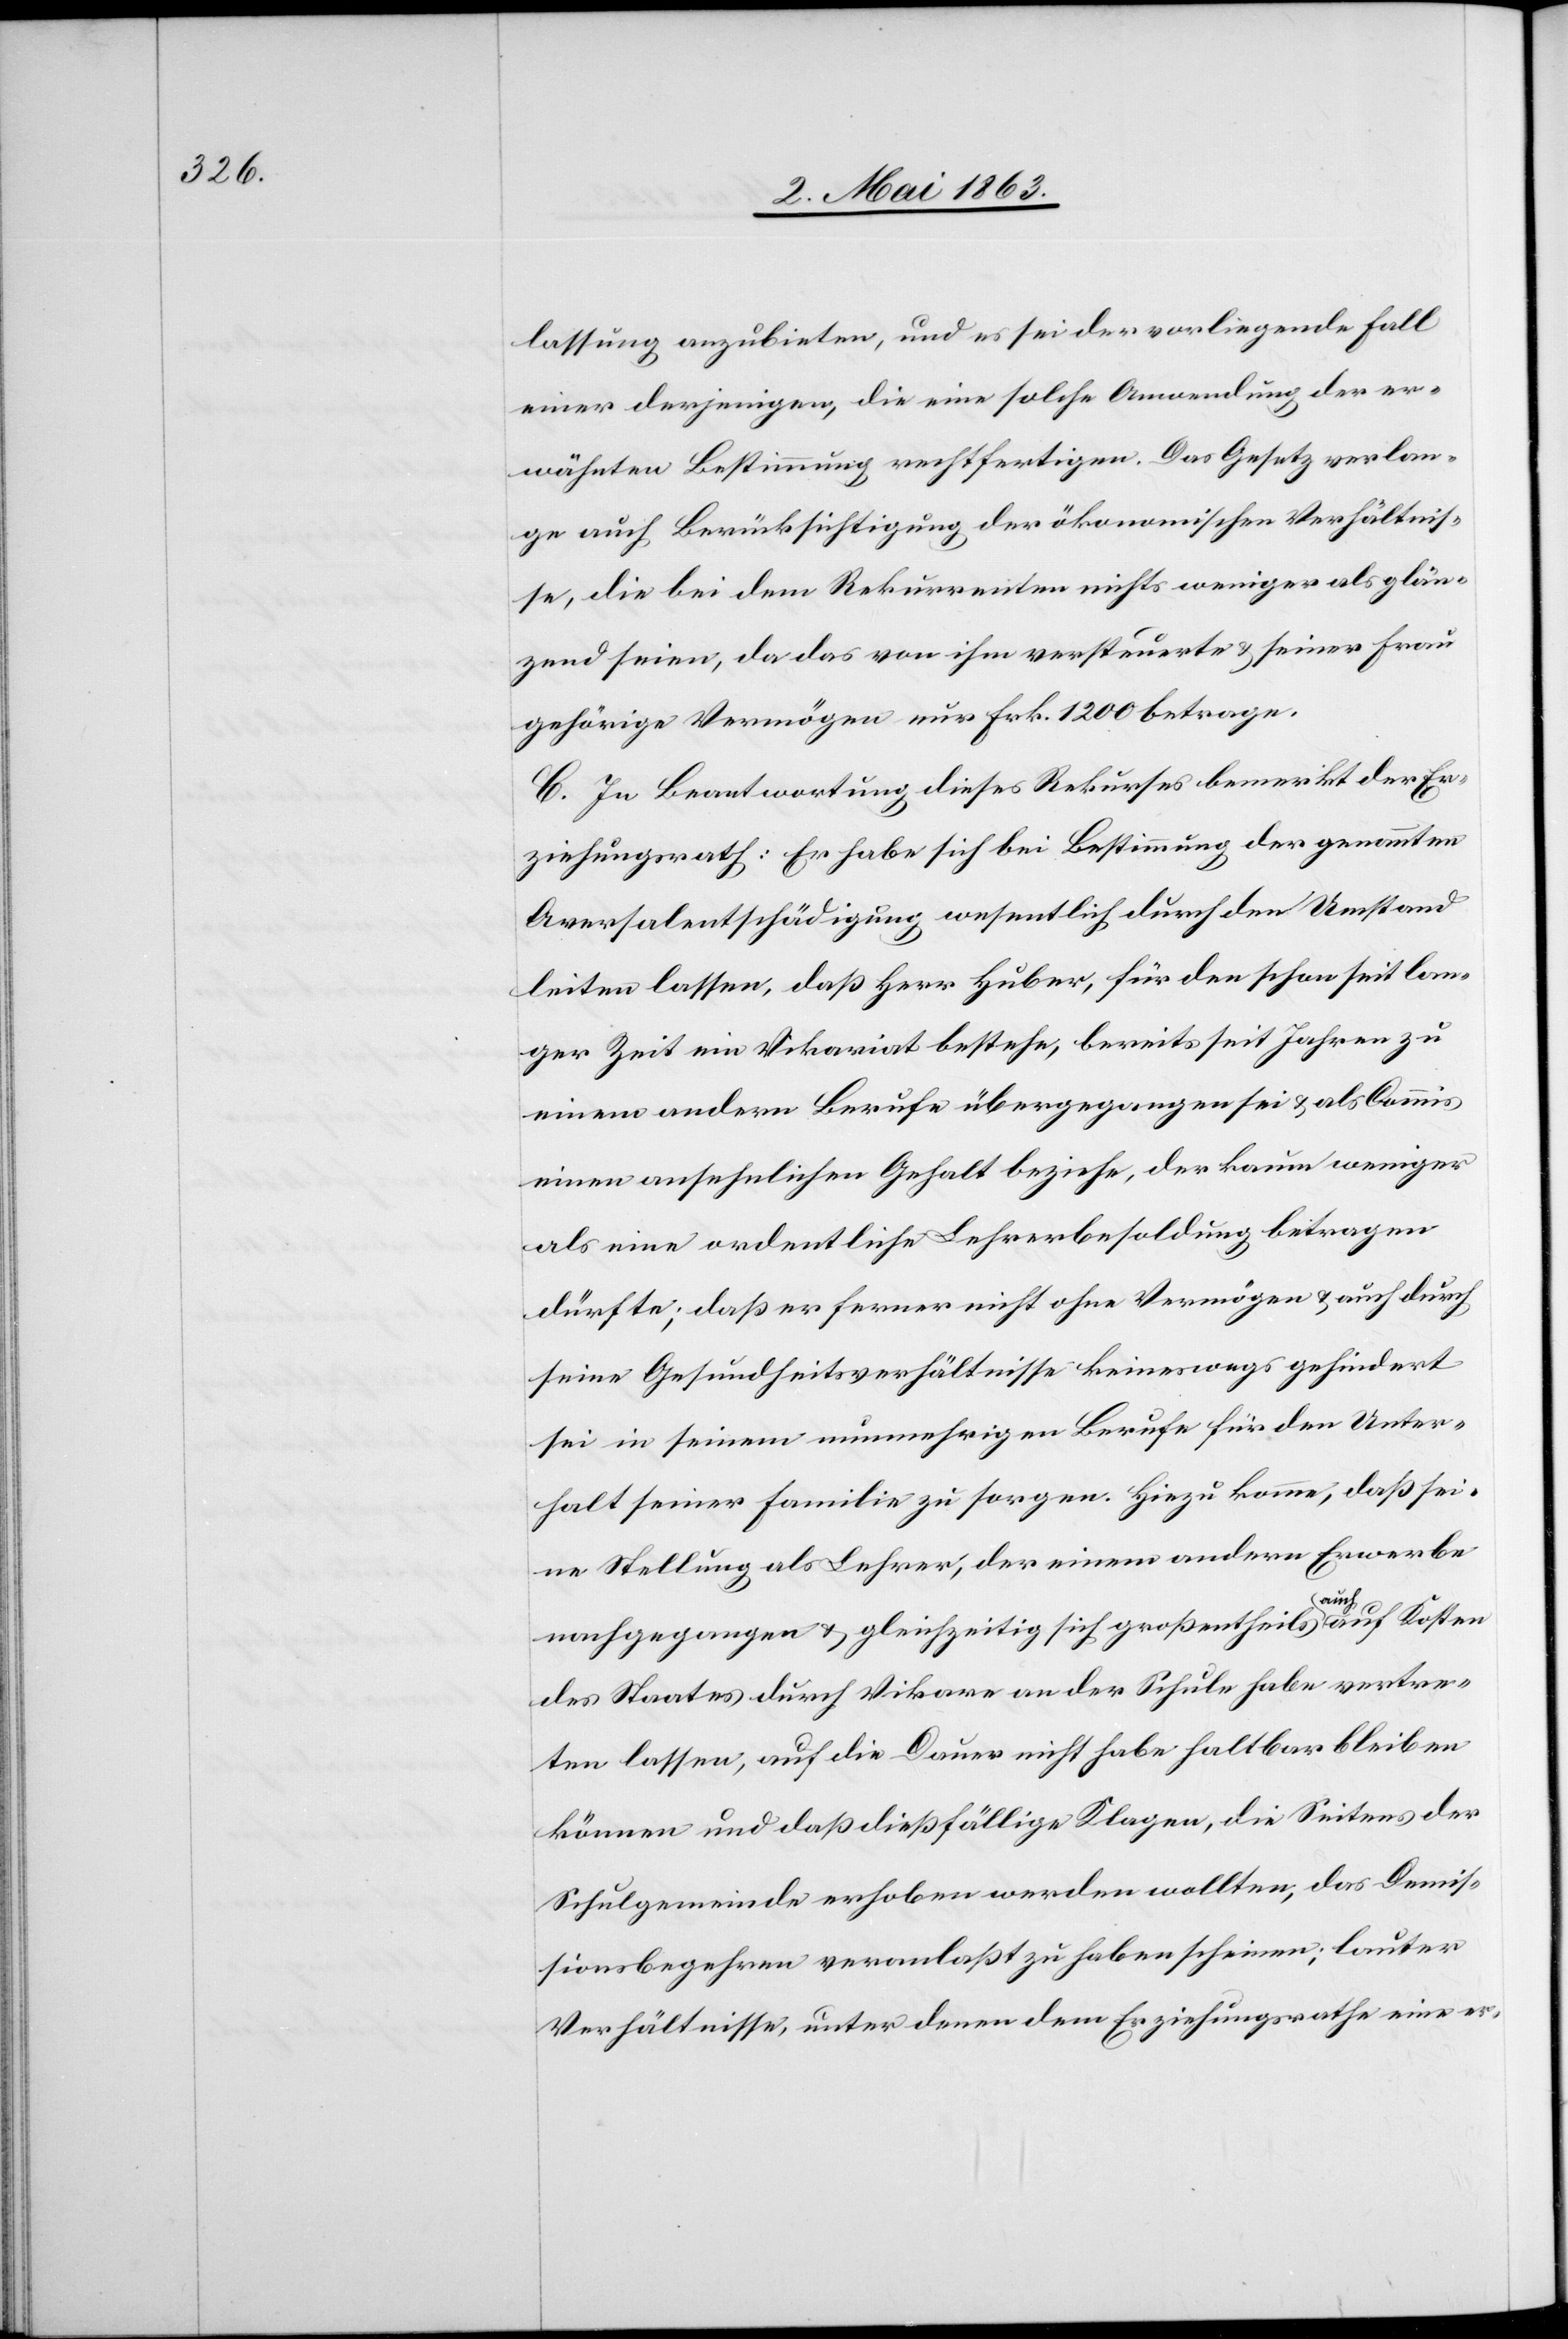
lassung anzubieten, und es sei der vorliegende Fall
einer derjenigen, die eine solche Anordnung der er¬
wähnten Bestimmung rechtfertigen. Das Gesetz verlan¬
ge auch Berücksichtigung der ökonomischen Verhältnis¬
se, die bei den Rekurrenten nichts weniger als glän¬
zend seien, da das von ihm versteuerte & seiner Frau
gehörige Vermögen nur Frk. 1200 betrage.
C. In Beantwortung dieses Rekurses bemerkt der Er¬
ziehungsrath: Er habe sich bei Bestimmung der genannten
Aversalentschädigung wesentlich durch den Umstand
leiten lassen, daß Herr Huber, für den schon seit lan¬
ger Zeit ein Vikariat bestehe, bereits seit Jahren zu
einem andern Berufe übergegangen sei & als Commis
einen ansehnlichen Gehalt beziehe, der kaum weniger
als eine ordentliche Lehrerbesoldung betragen
dürfte; daß er ferner nicht ohne Vermögen & auch durch
seine Gesundheitsverhältnisse keineswegs gehindert
sei in seinem nunmehrigen Berufe für den Unter¬
halt seiner Familie zu sorgen. Hiezu komme, daß sei¬
ne Stellung als Lehrer, der einem andern Erwerbe
nachgegangen & gleichzeitig sich großentheils a-auch-a auf Kosten
des Staates durch Vikare an der Schule habe vertre¬
ten lassen, auf die Dauer nicht habe haltbar bleiben
können und daß dießfällige Klagen, die Seitens der
Schulgemeinde erhoben werden wollten, das Demis¬
sionsbegehren veranlaßt zu haben scheinen; lauter
Verhältnisse, unter denen dem Erziehungsrathe eine er-